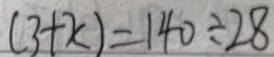
( 3 + x ) = 1 4 0 \div 2 8